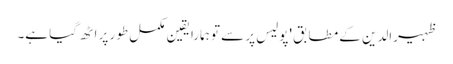
ظہیرالدین کے مطابق 'پولیس پر سے تو ہمارا یقین مکمل طور پر اٹھ گیا ہے۔